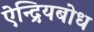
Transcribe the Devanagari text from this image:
ऐन्द्रियबोध